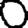
Digit: 0